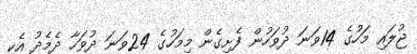
ޖުލައި މަހުގެ 14ވަނަ ދުވަހުން ފެށިގެން މިމަހުގެ 24ވަނަ ދުވަހާ ދެމެދު އެކި